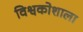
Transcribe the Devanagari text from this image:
विश्वकोशाला